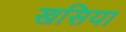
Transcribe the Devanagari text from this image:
खसिया